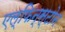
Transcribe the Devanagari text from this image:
एल्फिन्स्टोन